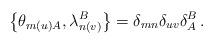
LaTeX: \begin{align*}\left\{\theta_{m(u)A},\lambda_{n(v)}^B\right\}=\delta_{mn}\delta_{uv}\delta_A^B\,.\end{align*}